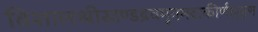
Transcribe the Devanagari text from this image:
विशालश्रीखण्डद्रवमृगमदाकीर्णघुसृण